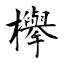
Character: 欅